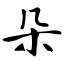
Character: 朵